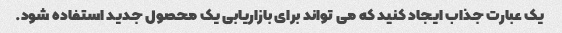
یک عبارت جذاب ایجاد کنید که می تواند برای بازاریابی یک محصول جدید استفاده شود.